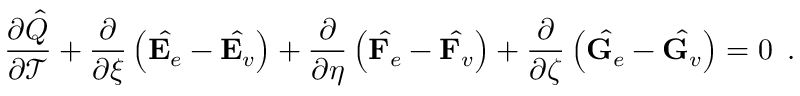
\frac { \partial \hat { Q } } { \partial \mathcal { T } } + \frac { \partial } { \partial \xi } \left( \hat { \mathbf { E } _ { e } } - \hat { \mathbf { E } _ { v } } \right) + \frac { \partial } { \partial \eta } \left( \hat { \mathbf { F } _ { e } } - \hat { \mathbf { F } _ { v } } \right) + \frac { \partial } { \partial \zeta } \left( \hat { \mathbf { G } _ { e } } - \hat { \mathbf { G } _ { v } } \right) = 0 \, \mathrm { ~ . ~ }